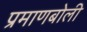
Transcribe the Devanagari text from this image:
प्रमाणबोली